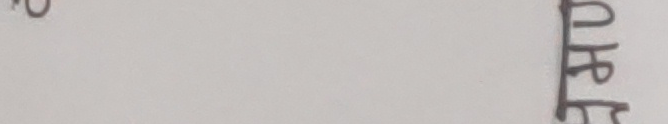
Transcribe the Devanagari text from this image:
धारेफे